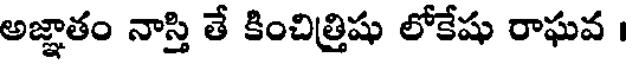
అజ్ఞాతం నాస్తి తే కించిత్రిషు లోకేషు రాఘవ ।